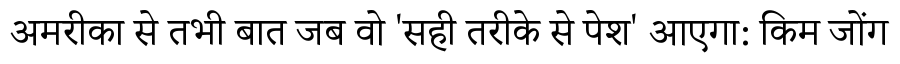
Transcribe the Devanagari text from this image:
अमरीका से तभी बात जब वो 'सही तरीके से पेश' आएगा: किम जोंग